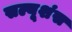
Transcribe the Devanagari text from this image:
सल्यूशंस